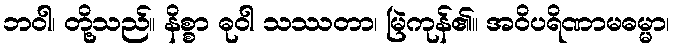
ဘဝါ၊ တို့သည်။ နိစ္စာ ဓုဝါ သဿတာ၊ မြဲကုန်၏။ အဝိပရိဏာမဓမ္မာ၊